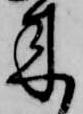
来